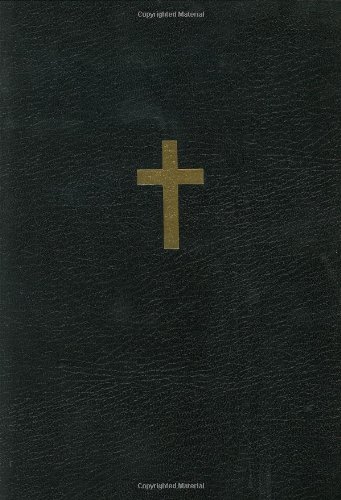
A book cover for A Minister's Treasury of Funeral and Memorial Messages; Jim Henry; Christian Books & Bibles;